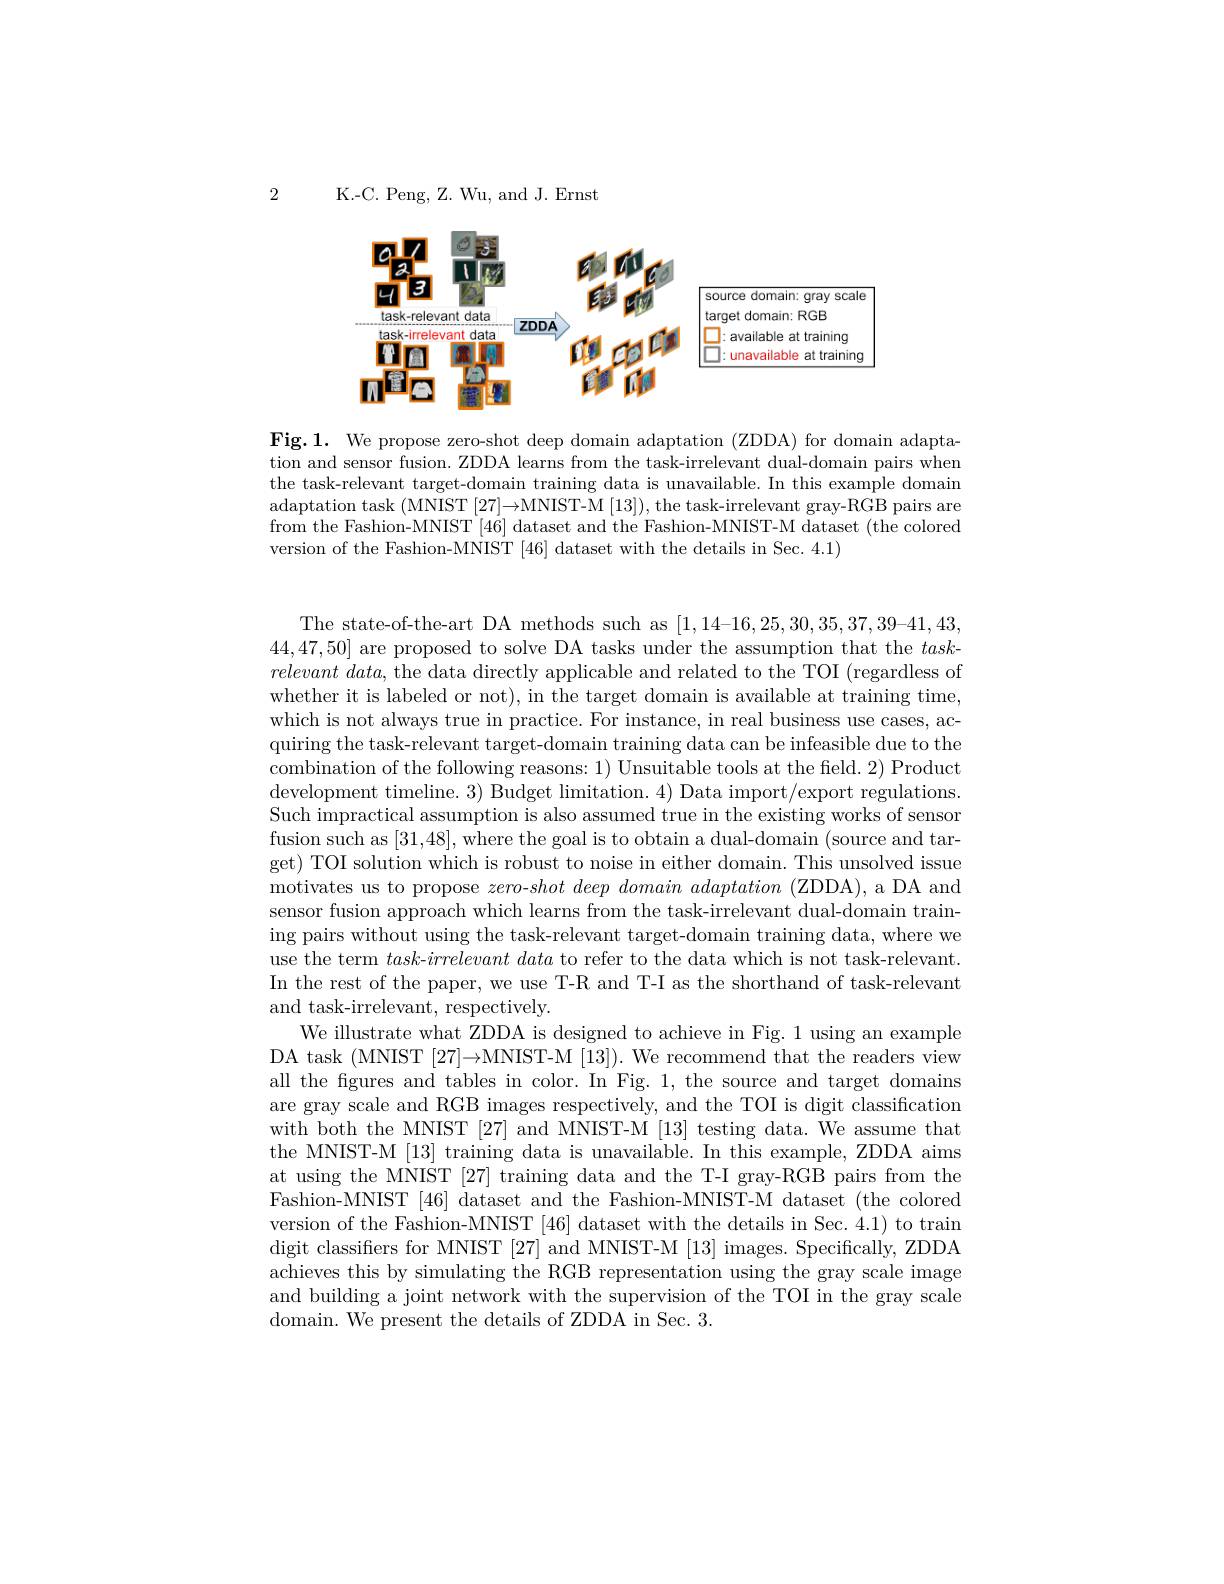
2

K.-C. Peng, Z. Wu, and J. Ernst

<FigureHere>

Fig.1. We propose zero-shot deep domain adaptation (ZDDA) for domain adaptation and sensor fusion. ZDDA learns from the task-irrelevant dual-domain pairs when the task-relevant target-domain training data is unavailable. In this example domain adaptation task (MNIST [27]→MNIST-M [13]), the task-irrelevant gray-RGB pairs are from the Fashion-MNIST [46] dataset and the Fashion-MNIST-M dataset (the colored version of the Fashion-MNIST [46] dataset with the details in Sec. 4.1)

The state-of-the-art DA methods such as [1,14-16,25,30,35,37,39-41,43, 44,47,50] are proposed to solve DA tasks under the assumption that the $task-$ $relevant\textit{ data, the data directly applicable and related to the TOI ( regardless of}$ whether it is labeled or not), in the target domain is available at training time, which is not always true in practice. For instance, in real business use cases, acquiring the task-relevant target-domain training data can be infeasible due to the combination of the following reasons: 1) Unsuitable tools at the field. 2) Product development timeline. 3) Budget limitation. 4) Data import/export regulations. Such impractical assumption is also assumed true in the existing works of sensor fusion such as [31,48],where the goal is to obtain a dual-domain (source and target) TOI solution which is robust to noise in either domain. This unsolved issue motivates us to propose zero-shot $deep\textit{ domain adaptation ( ZDDA) , a DA and}$ sensor fusion approach which learns from the task-irrelevant dual-domain training pairs without using the task-relevant target-domain training data, where we use the term $task- irrelevant\textit{data to refer to the data which is not task- relevant. }$ In the rest of the paper, we use T-R and T-I as the shorthand of task-relevant and task-irrelevant, respectively.
We illustrate what ZDDA is designed to achieve in Fig. 1 using an example DA task (MNIST [27]→MNIST-M [13]). We recommend that the readers view all the figures and tables in color. In Fig. 1, the source and target domains are gray scale and RGB images respectively, and the TOI is digit classification with both the MNIST [27] and MNIST-M [13] testing data. We assume that the MNIST-M [13] training data is unavailable. In this example, ZDDA aims at using the MNIST [27] training data and the T-I gray-RGB pairs from the Fashion-MNIST [46] dataset and the Fashion-MNIST-M dataset (the colored version of the Fashion-MNIST [46] dataset with the details in Sec. 4.1) to train digit classifiers for MNIST [27] and MNIST-M [13] images. Specifically, ZDDA achieves this by simulating the RGB representation using the gray scale image and building a joint network with the supervision of the TOI in the gray scale domain. We present the details of ZDDA in Sec. 3.